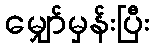
မျှော်မှန်းပြီး